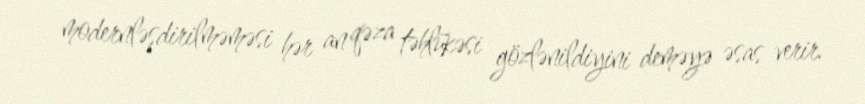
modernləşdirilməməsi hər an qəza təhlükəsi gözlənildiyini deməyə əsas verir.